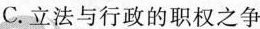
C.立法与行政的职权之争